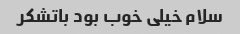
سلام خیلی خوب بود باتشکر